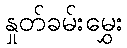
နှုတ်ခမ်းမွှေး